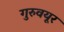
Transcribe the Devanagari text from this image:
गुरुवयूर